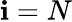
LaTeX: \mathbf{i}=N